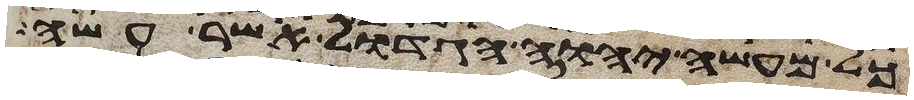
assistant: כל מעשה יהוה הגדול אשר עשה